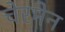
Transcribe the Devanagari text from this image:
चेरमेन